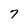
Character: 7